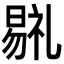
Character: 𣉷